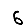
Digit: 6